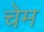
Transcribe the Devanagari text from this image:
चेम